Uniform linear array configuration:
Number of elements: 12
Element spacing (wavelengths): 0.5
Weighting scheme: blackman
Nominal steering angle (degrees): -45
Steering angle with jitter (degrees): -45.38
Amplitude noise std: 0.05
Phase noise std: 0.05

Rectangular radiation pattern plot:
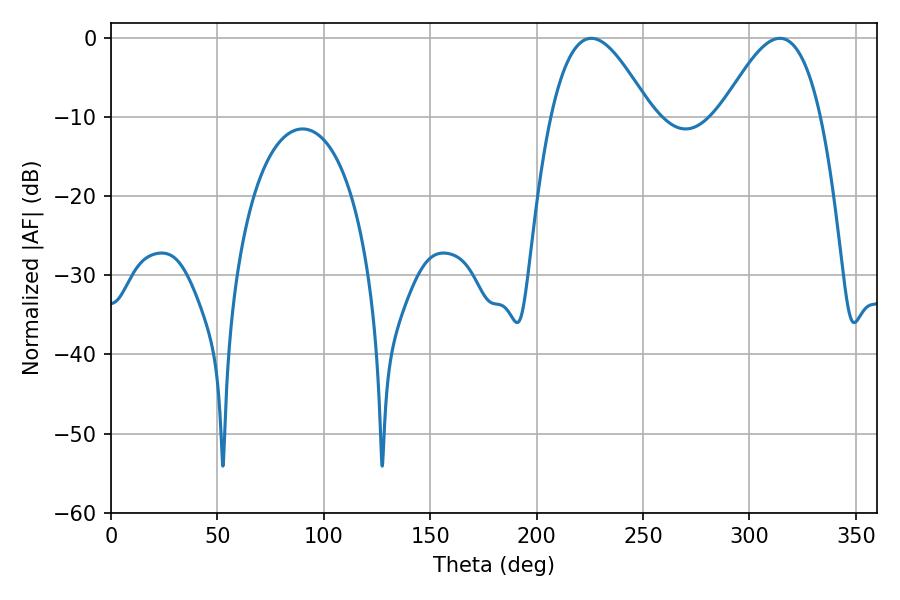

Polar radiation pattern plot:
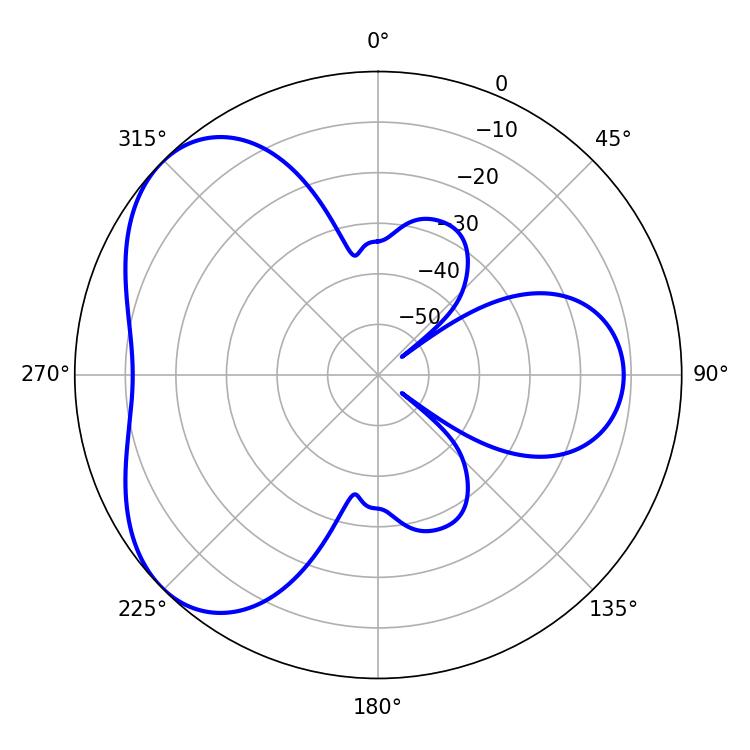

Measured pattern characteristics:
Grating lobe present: FALSE
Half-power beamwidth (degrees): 25.38
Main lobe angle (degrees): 225.72